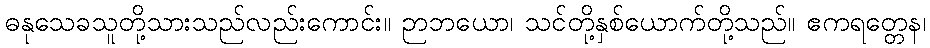
ဓနုသေခသူတို့သားသည်လည်းကောင်း။ ဉာဘယော၊ သင်တို့နှစ်ယောက်တို့သည်။ ဧကရတ္တေန၊